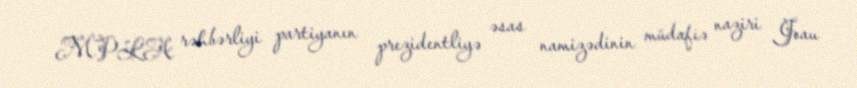
MPLA rəhbərliyi partiyanın prezidentliyə əsas namizədinin müdafiə naziri Joau